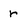
Character: r